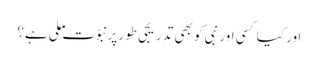
اور کیا کسی اور نبی کو بھی تدریجی طور پر نبوّت ملی ہے؟